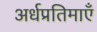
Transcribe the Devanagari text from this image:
अर्धप्रतिमाएँ